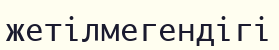
жетілмегендігі